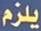
يلزم